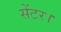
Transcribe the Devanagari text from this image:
सेंटर।